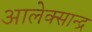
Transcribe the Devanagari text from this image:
आलेक्सान्द्र